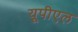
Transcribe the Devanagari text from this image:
यूपीएल